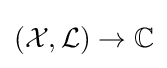
({\mathcal {X}},{\mathcal {L}})\to \mathbb {C}